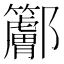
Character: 𨟭